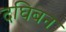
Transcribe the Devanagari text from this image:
दघिबन